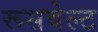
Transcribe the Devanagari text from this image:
रूसवेल्ट